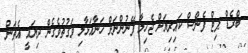
ބްރެޑް ޕިޓް ފެންސް ކައިރިޔަށް ޖެހިލާ ފޭނުންނަށް ހަނާއަޅާލި ވަގުތުވެގެން ދިޔައީ އެތަން